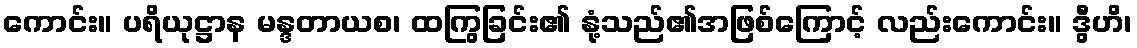
ကောင်း။ ပရိယုဋ္ဌာန မန္ဒတာယစ၊ ထကြွခြင်း၏ နုံ့သည်၏အဖြစ်ကြောင့် လည်းကောင်း။ ဒွီဟိ၊